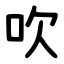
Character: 吹